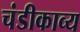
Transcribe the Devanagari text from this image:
चंडीकाव्य